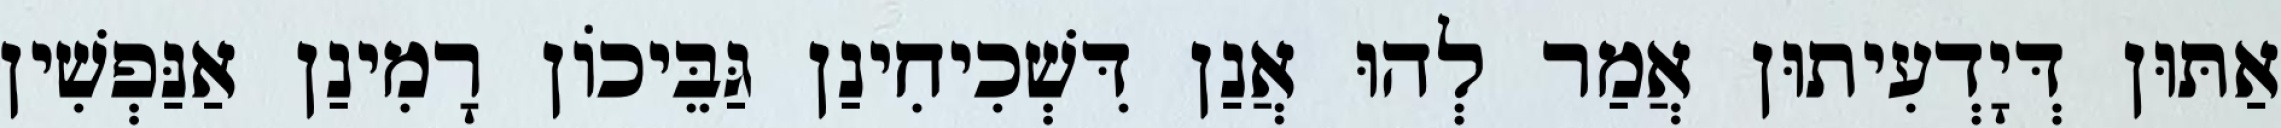
אַתּוּן דְּיָדְעִיתוּן אֲמַר לְהוּ אֲנַן דִּשְׁכִיחִינַן גַּבֵּיכוֹן רָמִינַן אַנַּפְשִׁין